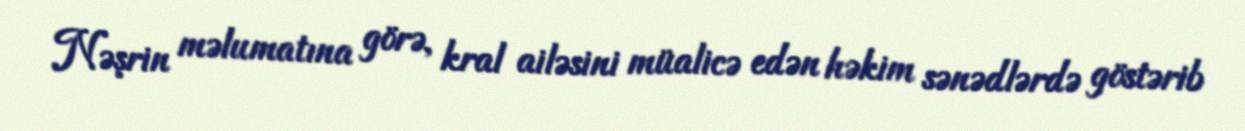
Nəşrin məlumatına görə, kral ailəsini müalicə edən həkim sənədlərdə göstərib